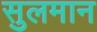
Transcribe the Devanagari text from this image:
सुलमान